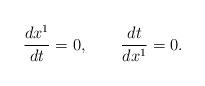
LaTeX: \begin{align*}\frac{dx^1}{dt}=0,\quad \quad \frac{dt}{dx^1}=0.\end{align*}